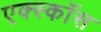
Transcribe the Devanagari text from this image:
एक्स्कॉस